Vaccination North-Western Provinces 1866-1877 - 1866-1877
Year: 1866
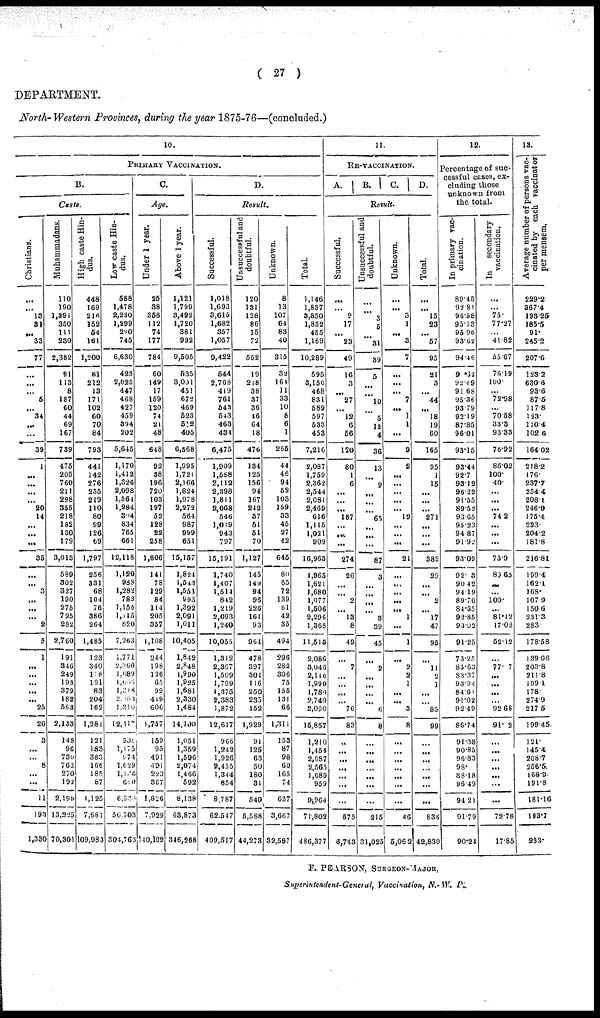
( 27 )
DEPARTMENT.
North- Western Provinces, during the year 1875-76—(concluded.)
10.
PRIMARY VACCINATION.
B.
Caste.
Christians.
...
...
13
31
...
33
77
...
...
...
5
...
34
...
...
39
1
...
...
...
...
20
14
...
...
...
35
...
...
3
...
...
...
2
5
1
...
...
...
...
...
25
26
3
...
...
8
...
...
11
193
1,330
Muhammadans.
110
190
1,391
350
111
230
2,382
91
113
8
187
60
44
69
167
739
475
205
760
211
298
355
218
182
130
179
3,013
589
302
327
190
275
795
282
2,760
191
346
249
193
379
182
593
2,133
148
96
730
762
270
192
2,198
13,225
70,301
High caste Hin-
dus.
448
169
216
152
54
161
1,200
81
212
13
171
102
60
70
84
793
441
142
276
235
219
110
80
99
126
69
1,797
256
331
68
104
76
386
264
1,485
123
340
148
191
83
204
162
1,281
121
183
383
166
185
87
1,125
7,681
109,983
Low caste Hin-
dus.
588
1,478
2,230
1,299
230
745
6,630
423
2,825
447
468
427
459
394
202
5,645
1,170
1,412
1,326
2,098
1,564
1,984
304
834
765
661
12,118
1,120
988
1,282
783
1,155
1,145
820
7,263
1,771
2,360
1,689
1,606
1,318
2,363
1,310
12,117
938
1,175
974
1,629
1,224
680
6,638
50,703
304,763
C.
Age.
Under 1 year.
25
38
358
112
74
177
784
60
149
17
159
120
74
21
48
648
92
38
196
720
103
197
52
128
22
258
1,806
141
78
129
84
114
205
357
1,108
244
198
126
65
99
419
606
3,757
159
95
491
494
223
367
1,826
7,929
140,109
Above 1 year.
1,121
1,799
3,492
1,720
381
992
9,505
535
3,001
451
672
469
523
512
405
6,568
1,995
1,721
2,166
1,824
1,978
2,272
564
987
999
651
15,157
1,824
1,543
1,554
993
1,392
2,091
1,011
10,405
1,842
2,848
1,990
1,925
1,681
2,330
1,484
14,100
1,051
1,359
1,596
2,074
1,466
592
8,138
63,873
346,268
D.
Result.
Successful.
1,018
1,693
3,615
1,682
357
1,057
9,422
544
2,768
419
761
543
543
463
434
6,475
1,909
1,588
2,112
2,398
3,811
2,068
546
1,019
943
797
15,191
1,740
1,407
1,514
842
1,219
2,093
1,240
10,055
1,312
2,367
1,509
1,799
1,375
2,383
1,872
12,617
966
1,242
1,926
2,455
1,344
854
8,787
62.547
409,517
Unsuccessful and
doubtful.
120
131
128
86
15
72
552
19
218
38
37
36
46
64
18
476
134
125
156
94
167
242
37
51
51
70
1,127
145
149
94
96
226
161
93
964
478
397
301
116
250
235
152
1,929
91
125
63
50
180
31
540
5,588
44,273
Unknown.
8
13
107
64
83
40
315
32
164
11
33
10
8
6
1
265
44
46
94
52
103
159
33
45
27
42
645
80
65
72
139
61
42
35
494
296
282
306
75
155
131
66
1,311
153
87
98
60
165
74
637
3,667
32,597
Total.
1,146
1,837
3,850
1,832
455
1,169
10,289
595
3,150
468
831
589
597
533
453
7,216
2,087
1,759
2,362
2,544
2,081
2,469
616
1,115
1,021
909
16,963
1,965
1,621
1,680
1,077
1,506
2,296
1,368
11,513
2,086
3,046
2,116
1,990
1,780
2,749
2,090
15,857
1,210
1,454
2,087
2,565
1,689
959
9,964
71,802
486,377
11.
RE-VACCINATION.
A.
B.
C. D.
Result.
Successful.
...
...
9
17
...
23
49
16
3
...
27
...
12
6
56
120
80
1
6
...
...
...
187
...
...
...
274
26
...
...
2
...
13
8
49
...
7
...
...
...
...
76
83
..
...
...
...
...
...
...
575
6,743
Unsuccessful and
doubtful.
...
...
3
5
...
31
39
5
...
...
10
...
5
12
4
36
13
...
9
...
...
...
65
...
...
...
87
3
...
...
...
...
3
39
45
...
2
...
...
...
...
6
8
...
...
...
...
...
...
...
215
31,025
Unknown.
...
...
3
4
...
3
7
...
...
...
7
...
1
1
...
9
2
...
...
...
...
...
19
...
...
...
21
...
...
...
...
...
1
...
1
...
2
2
1
...
...
3
8
...
...
...
...
...
...
...
46
5,062
Total.
...
...
15
23
...
57
95
21
3
...
44
...
18
19
60
165
95
1
15
...
...
...
271
...
...
...
382
29
...
...
2
...
17
47
95
...
11
2
1
...
...
85
99
...
...
...
...
...
...
...
836
42,830
12
Percentage of suc-
cessful cases, ex-
cluding those
unknown front
the total.
In primary vac-
cination.
89.45
92.81
96.58
95.13
95.96
93.62
94.46
98.32
92.69
91.68
95.36
93.79
92.19
87.85
96.01
93.15
93.44
92.7
93.12
96.22
91.55
89.52
93.65
95.23
94.87
91.92
93.09
92. 3
90.42
94.19
89.76
84.35
92.85
93.02
91.25
73.25
85.63
83.37
93.94
84.61
94.02
92.49
86.74
91.38
90.85
96.83
98.
88.18
96.49
94.21
91.79
90.24
In
secondary
vaccination.
...
...
75.
77.27
...
41.82
55.67
76.19
100.
...
72.98
...
70.58
33.3
93.33
76.92
86.02
100.
40.
...
...
...
74.2
...
...
...
75.9
83.63
...
...
100.
...
81.42
17.02
52.12
...
77. 7
...
...
...
...
92.68
91. 2
...
...
...
...
...
...
...
72.78
17.85
13.
Average number of persons vac-
cinated by each vaccinator
per mensem.
229.2
367.4
193.25
185.5
91.
245.2
207.6
123.2
630.6
93.6
87.5
117.8
123.
110.4
102.6
164.02
218.2
176.
237.7
254.4
208.4
246.9
175.4
223.
204.2
181.8
216.81
199.4
162.1
168.
107.9
150.6
231.3
283.
178.58
139.06
203.8
211.8
199.1
178.
274.9
217.5
199.45
121.
145.4
208.7
256.5
168.9
191.8
181.16
193.7
233.
F. PEARSON, SURGEON-MAJOR,
Superintendent-General, Vaccination, N.-W. P.